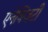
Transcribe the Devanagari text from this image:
एनेक्जिटी